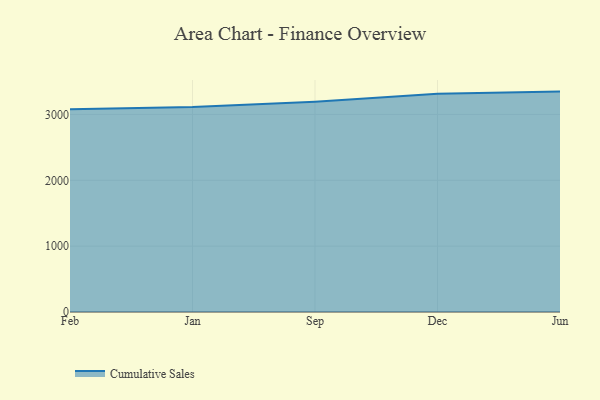
{"axis": {"x": "Month", "y": "Gross Profit (USD K)"}, "legend": ["Cumulative Sales"], "data": [{"x": "Feb", "y": 3079.1, "type": "Cumulative Sales"}, {"x": "Jan", "y": 3112.9, "type": "Cumulative Sales"}, {"x": "Sep", "y": 3194.3, "type": "Cumulative Sales"}, {"x": "Dec", "y": 3313.2, "type": "Cumulative Sales"}, {"x": "Jun", "y": 3346.9, "type": "Cumulative Sales"}]}